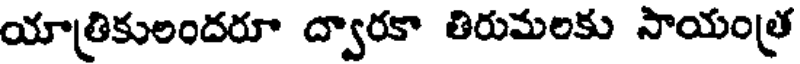
యాత్రికులందరూ ద్వారకా తిరుమలకు సాయంత్ర